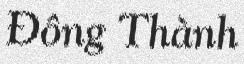
Đông Thành